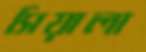
সিয়ালা